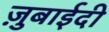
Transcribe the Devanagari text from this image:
ज़ुबाईदी